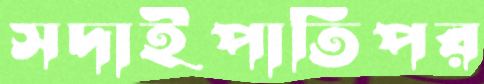
সদাইপাতিপর